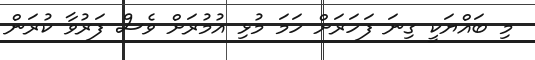
މި ބައްޔަކީ ގިނަ ފަހަރަށް ހަމަ މުޅި އުމުރަށް ވެސް ފަރުވާ ކުރަން